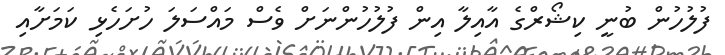
ފުލުހުން ބުނީ ކިޝޯރްގެ އާއިލާ އިން ފުލުހުންނަށް ވެސް މައްސަލަ ހުށަހެޅި ކަމަށާއި